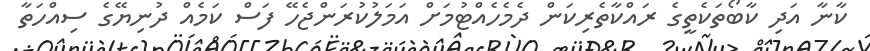
ކާނާ އަދި ކާބޯތަކެތީގެ ރައްކާތެރިކަން ދެމެހެއްޓުމަށް އަމަލުކުރަންޖެހޭ ފަސް ކަމެއް ދުނިޔޭގެ ސިއްހަތާ